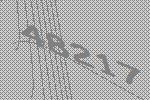
48217